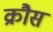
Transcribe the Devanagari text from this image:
क्रौस